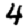
Digit: 4